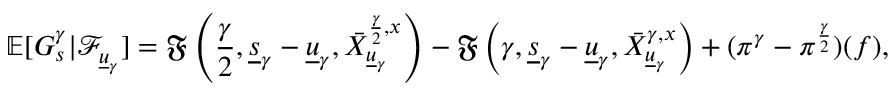
\mathbb { E } [ G _ { s } ^ { \gamma } | \mathcal { F } _ { \underline { { u } } _ { \gamma } } ] = \mathfrak { F } \left( \frac { \gamma } { 2 } , \underline { { s } } _ { \gamma } - \underline { { u } } _ { \gamma } , \bar { X } _ { \underline { { u } } _ { \gamma } } ^ { \frac { \gamma } { 2 } , x } \right) - \mathfrak { F } \left( { \gamma } , \underline { { s } } _ { \gamma } - \underline { { u } } _ { \gamma } , \bar { X } _ { \underline { { u } } _ { \gamma } } ^ { \gamma , x } \right) + ( \pi ^ { \gamma } - \pi ^ { \frac { \gamma } { 2 } } ) ( f ) ,